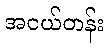
အငယ်တန်း